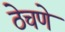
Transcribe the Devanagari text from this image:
ठेचणे